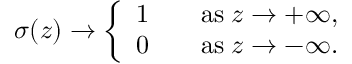
\sigma ( z ) \to \left\{ \begin{array} { l l } { 1 \quad } & { \mathrm { a s } \; z \to + \infty , } \\ { 0 \quad } & { \mathrm { a s } \; z \to - \infty . } \end{array} \right.